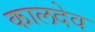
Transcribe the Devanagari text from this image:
कालदेव